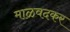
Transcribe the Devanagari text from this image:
माळवदकर